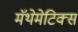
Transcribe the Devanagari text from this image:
मॅथेमेटिक्स